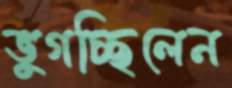
ভুগচ্ছিলেন